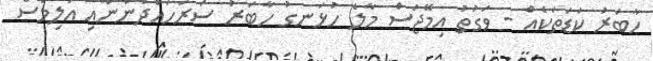
ހާބަރު ކަޑަތަކެއް - ވަގުތު އިމޭޖަސް މާލެ ހުޅަނގު ހާބަރު ސަރަހައްދުންނާއި އަލިމަސް